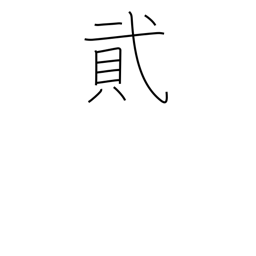
Meaning: number two